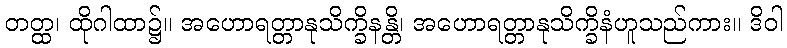
တတ္ထ၊ ထိုဂါထာ၌။ အဟောရတ္တာနုသိက္ခိနန္တိ၊ အဟောရတ္တာနုသိက္ခိနံဟူသည်ကား။ ဒိဝါ